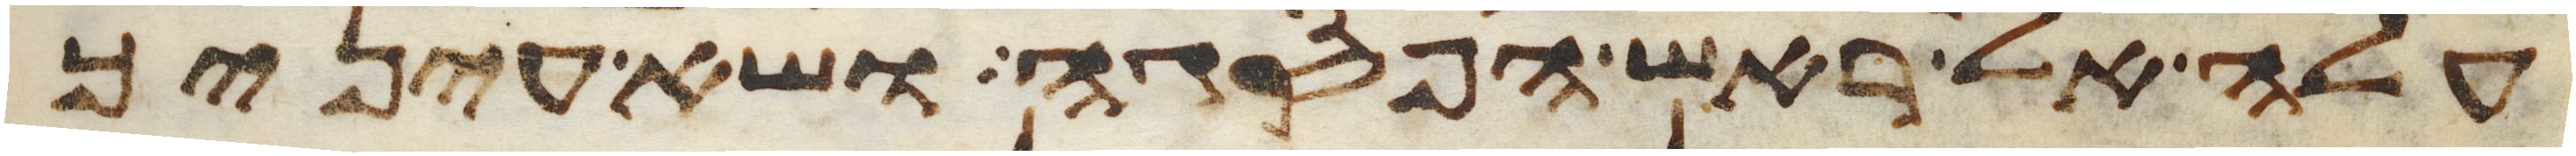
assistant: עלה אל ראש הפסגה ושא עיניך